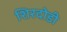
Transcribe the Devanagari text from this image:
शिरदोडी